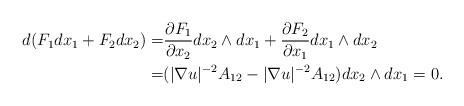
LaTeX: \begin{align*} d(F_1dx_1+F_2dx_2)=&\frac{\partial F_1}{\partial x_2}dx_2\wedge dx_1+\frac{\partial F_2}{\partial x_1}dx_1\wedge d x_2 \\=&(|\nabla u|^{-2}A_{12}-|\nabla u|^{-2}A_{12})dx_2\wedge dx_1=0.\end{align*}